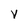
Character: V